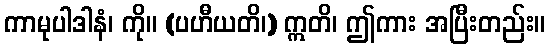
ကာမုပါဒါနံ၊ ကို။ (ပဟီယတိ၊) ဣတိ၊ ဤကား အပြီးတည်း။